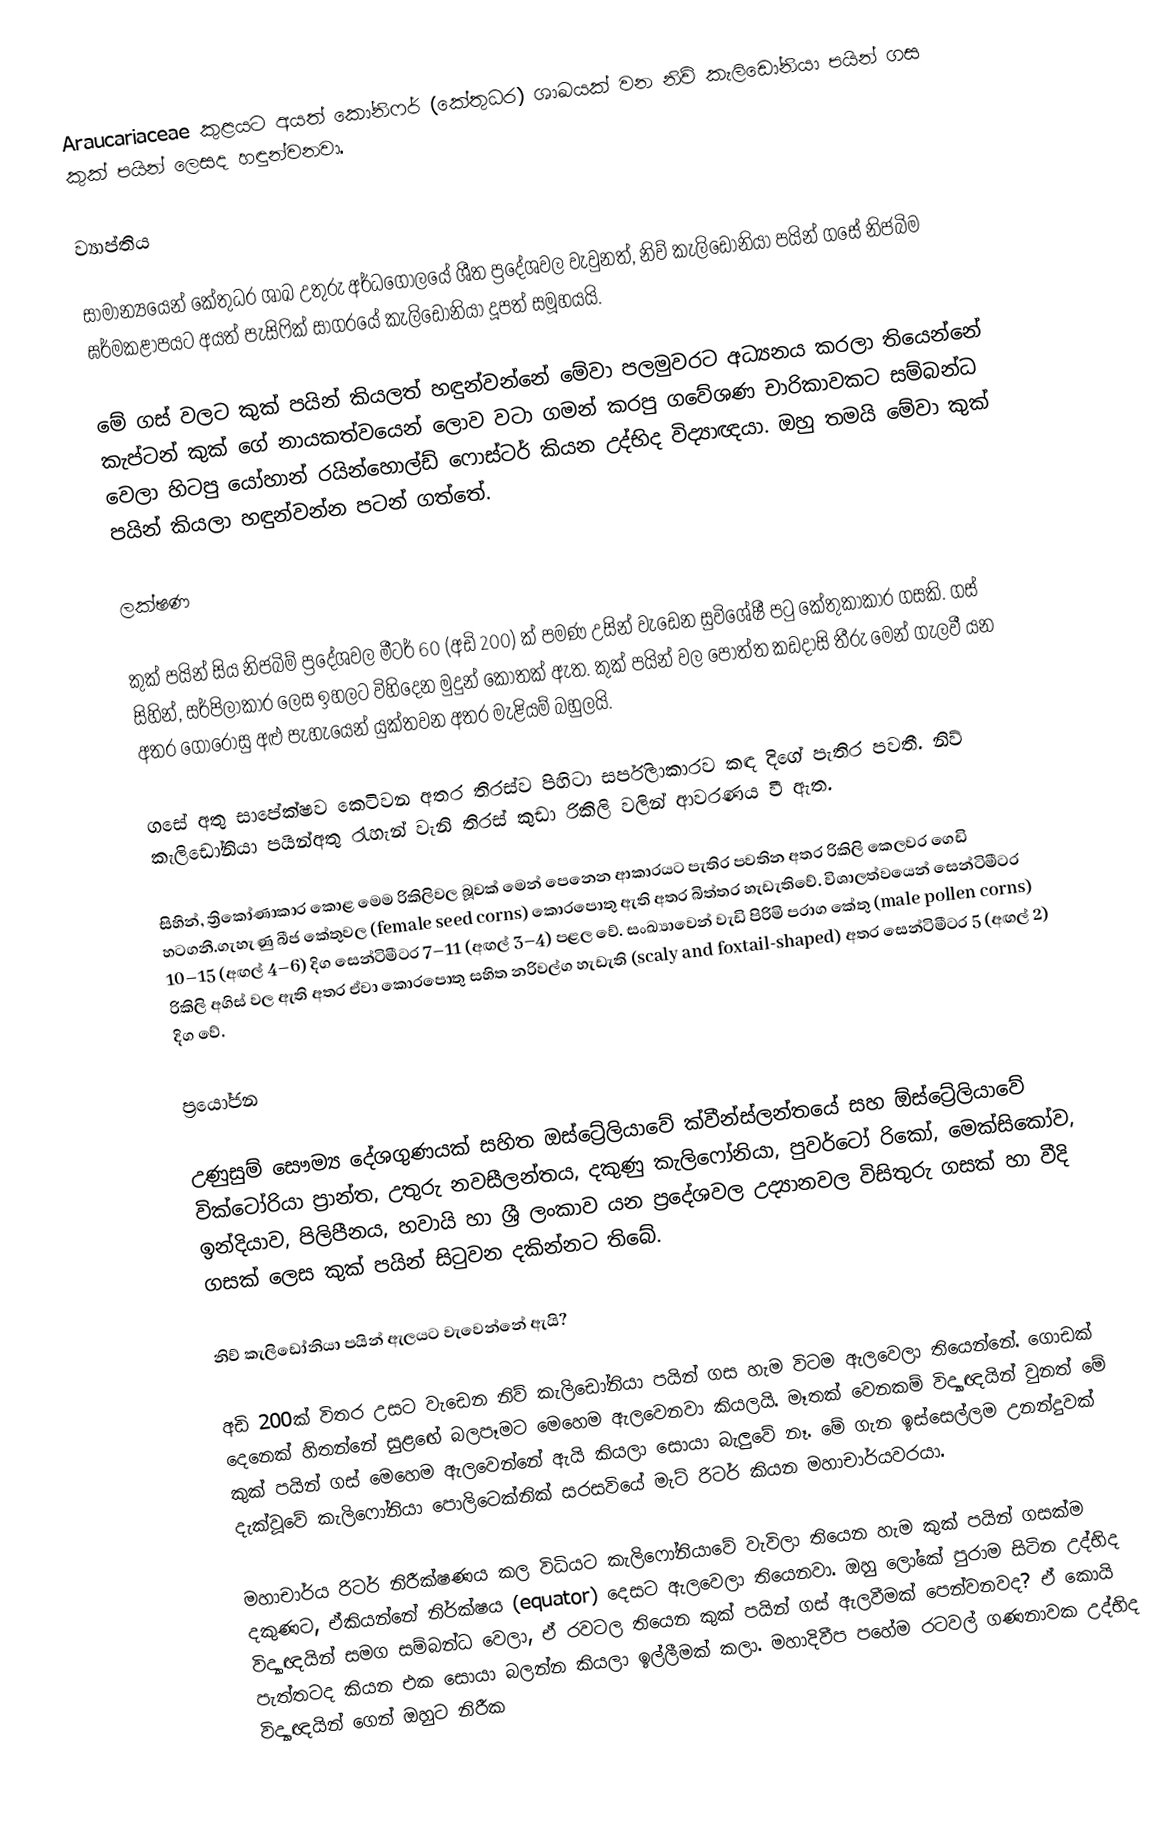
Araucariaceae කුළයට අයත් කෝනිෆර් (කේතුධර) ශාඛයක් වන නිව් කැලිඩෝනියා පයින් ගස කුක් පයින් ලෙසද හඳුන්වනවා.

ව්‍යාප්තිය

සාමාන්‍යයෙන් කේතුධර ශාඛ උතුරු අර්ධගෝලයේ ශීත ප්‍රදේශවල වැවුනත්, නිව් කැලිඩෝනියා පයින් ගසේ නිජබිම ඝර්මකළාපයට අයත් පැසිෆික් සාගරයේ කැලිඩෝනියා දූපත් සමූහයයි.

මේ ගස් වලට කුක් පයින් කියලත් හඳුන්වන්නේ මේවා පලමුවරට අධ්‍යනය කරලා තියෙන්නේ කැප්ටන් කුක් ගේ නායකත්වයෙන් ලොව වටා ගමන් කරපු ගවේශණ චාරිකාවකට සම්බන්ධ වෙලා හිටපු යෝහාන් රයින්හොල්ඩ් ෆොස්ටර් කියන උද්භිද විද්‍යාඥයා. ඔහු තමයි  මේවා කුක් පයින් කියලා හඳුන්වන්න පටන් ගත්තේ.

ලක්ෂණ

කුක් පයින් සිය නිජබිම් ප්‍රදේශවල මීටර් 60 (අඩි 200) ක් පමණ උසින් වැඩෙන සුවිශේෂී පටු කේතුකාකාර ගසකි. ගස් සිහින්, සර්පිලාකාර ලෙස ඉහලට විහිදෙන මුදුන් කොතක් ඇත. කුක් පයින් වල පොත්ත කඩදාසි තීරු මෙන් ගැලවී යන අතර ගෝරෝසු අළු පැහැයෙන් යුක්තවන අතර මැළියම් බහුලයි.

ගසේ අතු සාපේක්ෂව කෙටිවන අතර තිරස්ව පිහිටා සර්පිලාකාරව කඳ දිගේ පැතිර පවතී. නිව් කැලිඩෝනියා පයින්අතු රැහැන් වැනි තිරස් කුඩා රිකිලි වලින් ආවරණය වී ඇත.

සිහින්, ත්‍රිකෝණාකාර කොළ මෙම රිකිලිවල බූවක් මෙන් පෙනෙන ආකාරයට පැතිර පවතින අතර රිකිලි කෙලවර ගෙඩි හටගනී.ගැහැණු බීජ කේතුවල (female seed corns) කොරපොතු ඇති අතර බිත්තර හැඩැතිවේ. විශාලත්වයෙන් සෙන්ටිමීටර 10–15 (අඟල් 4–6) දිග සෙන්ටිමීටර 7–11 (අඟල් 3–4) පළල වේ. සංඛ්‍යාවෙන් වැඩි පිරිමි පරාග කේතු (male pollen corns) රිකිලි අගිස් වල ඇති අතර ඒවා කොරපොතු සහිත නරිවල්ග හැඩැති  (scaly and foxtail-shaped) අතර සෙන්ටිමීටර 5 (අඟල් 2) දිග වේ.

ප්‍රයෝජන

උණුසුම් සෞම්‍ය දේශගුණයක් සහිත ඔස්ට්‍රේලියාවේ ක්වීන්ස්ලන්තයේ සහ ඕස්ට්‍රේලියාවේ වික්ටෝරියා ප්‍රාන්ත, උතුරු නවසීලන්තය, දකුණු කැලිෆෝනියා, පුවර්ටෝ රිකෝ, මෙක්සිකෝව, ඉන්දියාව, පිලිපීනය, හවායි හා ශ්‍රී ලංකාව  යන ප්‍රදේශවල උද්‍යානවල විසිතුරු ගසක් හා වීදි ගසක් ලෙස කුක් පයින් සිටුවන දකින්නට තිබේ.

නිව් කැලිඩෝනියා පයින් ඇලයට වැවෙන්නේ ඇයි?

අඩි 200ක් විතර උසට වැඩෙන නිව් කැලිඩෝනියා පයින් ගස හැම විටම ඇලවෙලා තියෙන්නේ. ගොඩක් දෙනෙක් හිතන්නේ සුළඟේ බලපෑමට මෙහෙම ඇලවෙනවා කියලයි. මෑතක් වෙනකම් විද්‍යාඥයින් වුනත් මේ කුක් පයින් ගස් මෙහෙම ඇලවෙන්නේ ඇයි කියලා සොයා බැලුවේ නෑ. මේ ගැන ඉස්සෙල්ලම උනන්දුවක් දැක්වූවේ කැලිෆෝනියා පොලිටෙක්නික් සරසවියේ මැට් රිටර් කියන මහාචාර්යවරයා.

මහාචාර්ය රිටර් නිරීක්ෂණය කල විධියට කැලිෆෝනියාවේ වැවිලා තියෙන හැම කුක් පයින් ගසක්ම දකුණට, ඒකියන්නේ නිර්ක්ෂය (equator) දෙසට ඇලවෙලා තියෙනවා. ඔහු ලෝකේ පුරාම සිටින උද්භිද විද්‍යාඥයින් සමග සම්බන්ධ වෙලා, ඒ රවටල තියෙන කුක් පයින් ගස් ඇලවීමක් පෙන්වනවද? ඒ කොයි පැත්තටද කියන එක සොයා බලන්න කියලා ඉල්ලීමක් කලා. මහාදිවීප පහේම රටවල් ගණනාවක උද්භිද විද්‍යාඥයින් ගෙන් ඔහුට නිරීක